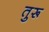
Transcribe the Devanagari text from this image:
तुरू